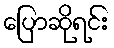
ပြောဆိုရင်း